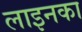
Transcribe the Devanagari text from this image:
लाइनका